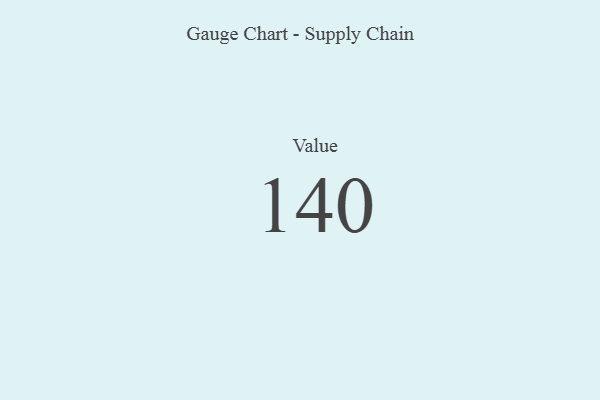
{"axis": {"x": "Metric", "y": "Value"}, "legend": [""], "data": [{"x": "Value", "y": 140, "type": ""}]}